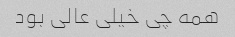
همه چی خیلی عالی بود